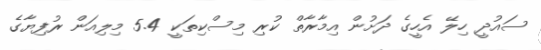
ސައުދީ ހިލޭ އެހީގެ ދަށުން އިމާރާތް ކުރި މިސްކިތަކީ 5.4 މިލިއަން ރުފިޔާގެ